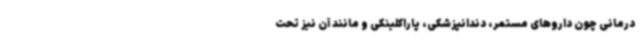
درمانی چون داروهای مستمر، دندانپزشکی، پاراکلینکی و مانند آن نیز تحت